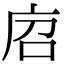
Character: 𢈆